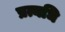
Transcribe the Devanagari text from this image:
प्रत्यधि